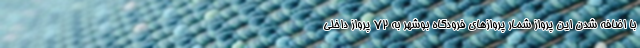
با اضافه شدن این پرواز شمار پروازهای فرودگاه بوشهر به ۷۲ پرواز داخلی